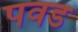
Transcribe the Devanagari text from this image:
पवड